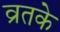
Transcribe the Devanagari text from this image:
व्रतके